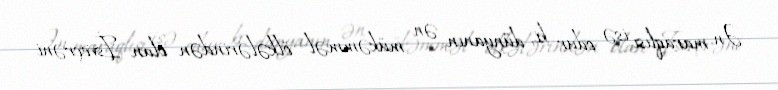
Ən maraqlısı isə odur ki, dünyanın ən mükəmməl ölkələrindən olan İsveçrəni